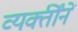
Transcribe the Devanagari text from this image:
व्यक्तींनें